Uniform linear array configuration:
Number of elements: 48
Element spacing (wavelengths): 0.5
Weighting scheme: exponential
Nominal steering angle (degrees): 60
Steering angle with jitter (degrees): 60.745
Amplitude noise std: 0.05
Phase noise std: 0.05

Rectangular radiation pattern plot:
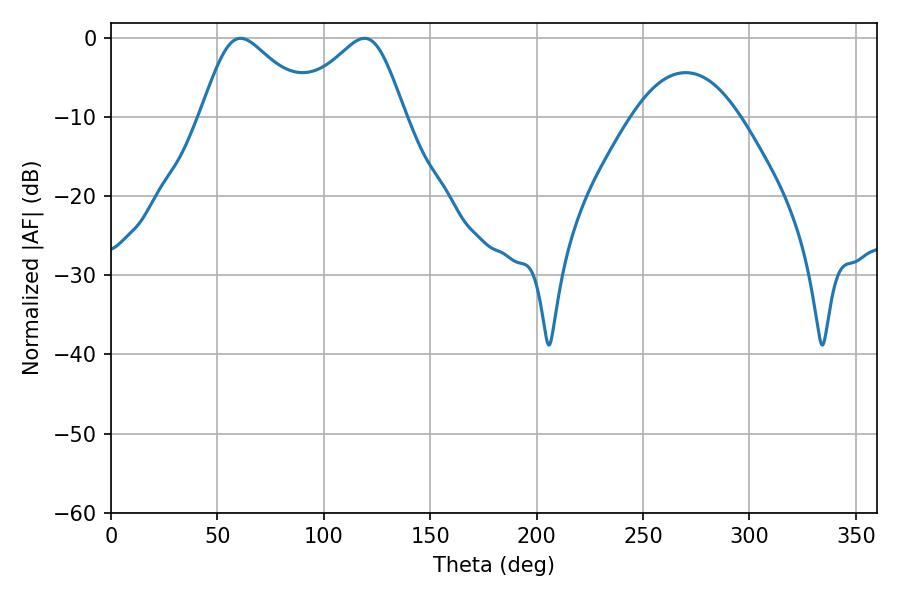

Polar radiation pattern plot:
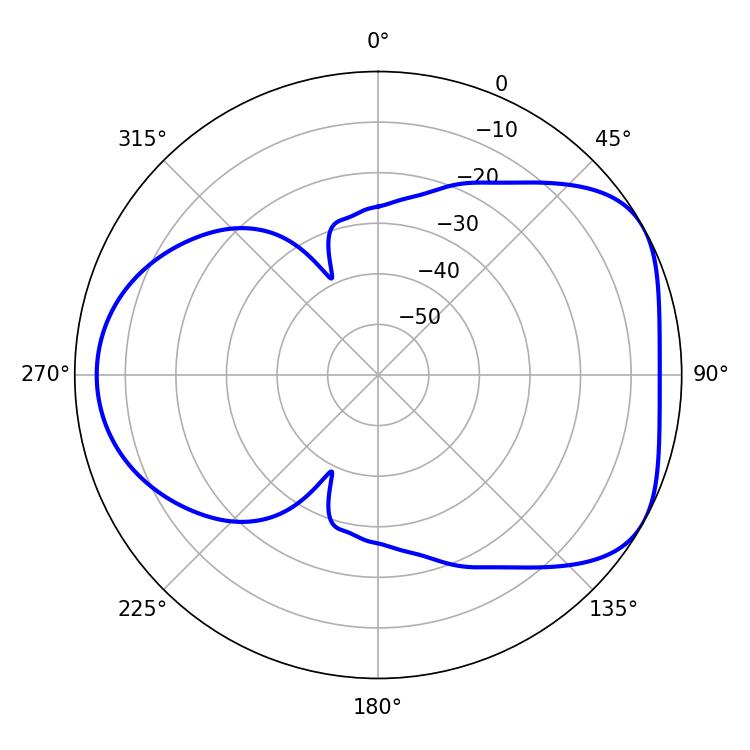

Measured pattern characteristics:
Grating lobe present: FALSE
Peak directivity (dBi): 4.892
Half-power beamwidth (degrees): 26.28
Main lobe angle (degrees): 60.84